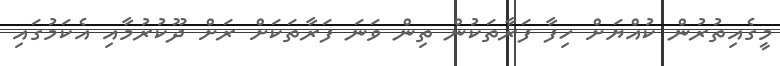
މީގެއިތުރުން ކުއްޔަށް ހިފާ ފަރާތަކުން ތިން ވަނަ ފަރާތަކަށް ރަށް ދޫކުރުމާއި އެކަމުގައި